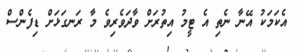
އެކަމަކު އޭނާ ނެތި އެ ޓީމު އިތުރަށް ވާދަވެރިވެ މާ ރަނގަޅަށް ޑިފެންސް